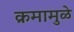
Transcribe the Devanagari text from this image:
क्रमामुळे